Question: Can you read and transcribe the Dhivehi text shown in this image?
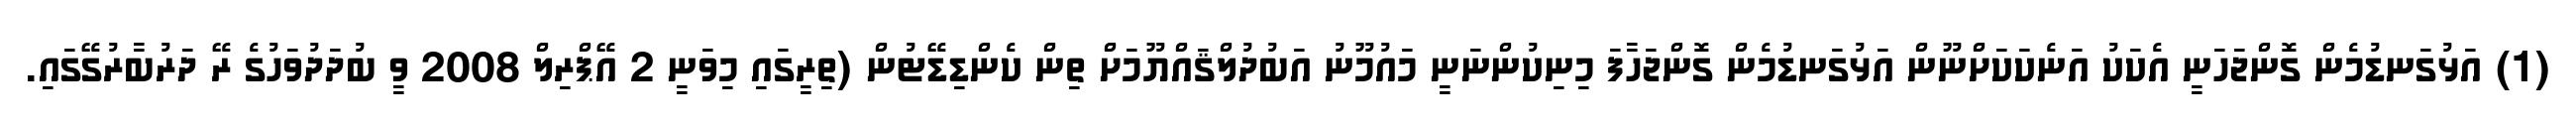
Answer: (1) އަޅުގަނޑުމެން ގޮންޖަހަނީ އެކަކު އަނެކަކަށްނޫން އަޅުގަނޑުމެން ގޮންޖަހާފަ މިނިކުންނަނީ މައުމޫނު އަބުދުލްޤައްޔޫމަށް ތިން ކެންޑިޑޭޓުން (ތިރީގައި މިވަނީ 2 އޭޕްރިލް 2008 ވީ ބުދަދުވަހުގެ ރޭ ދަރުބާރުގޭގައި.